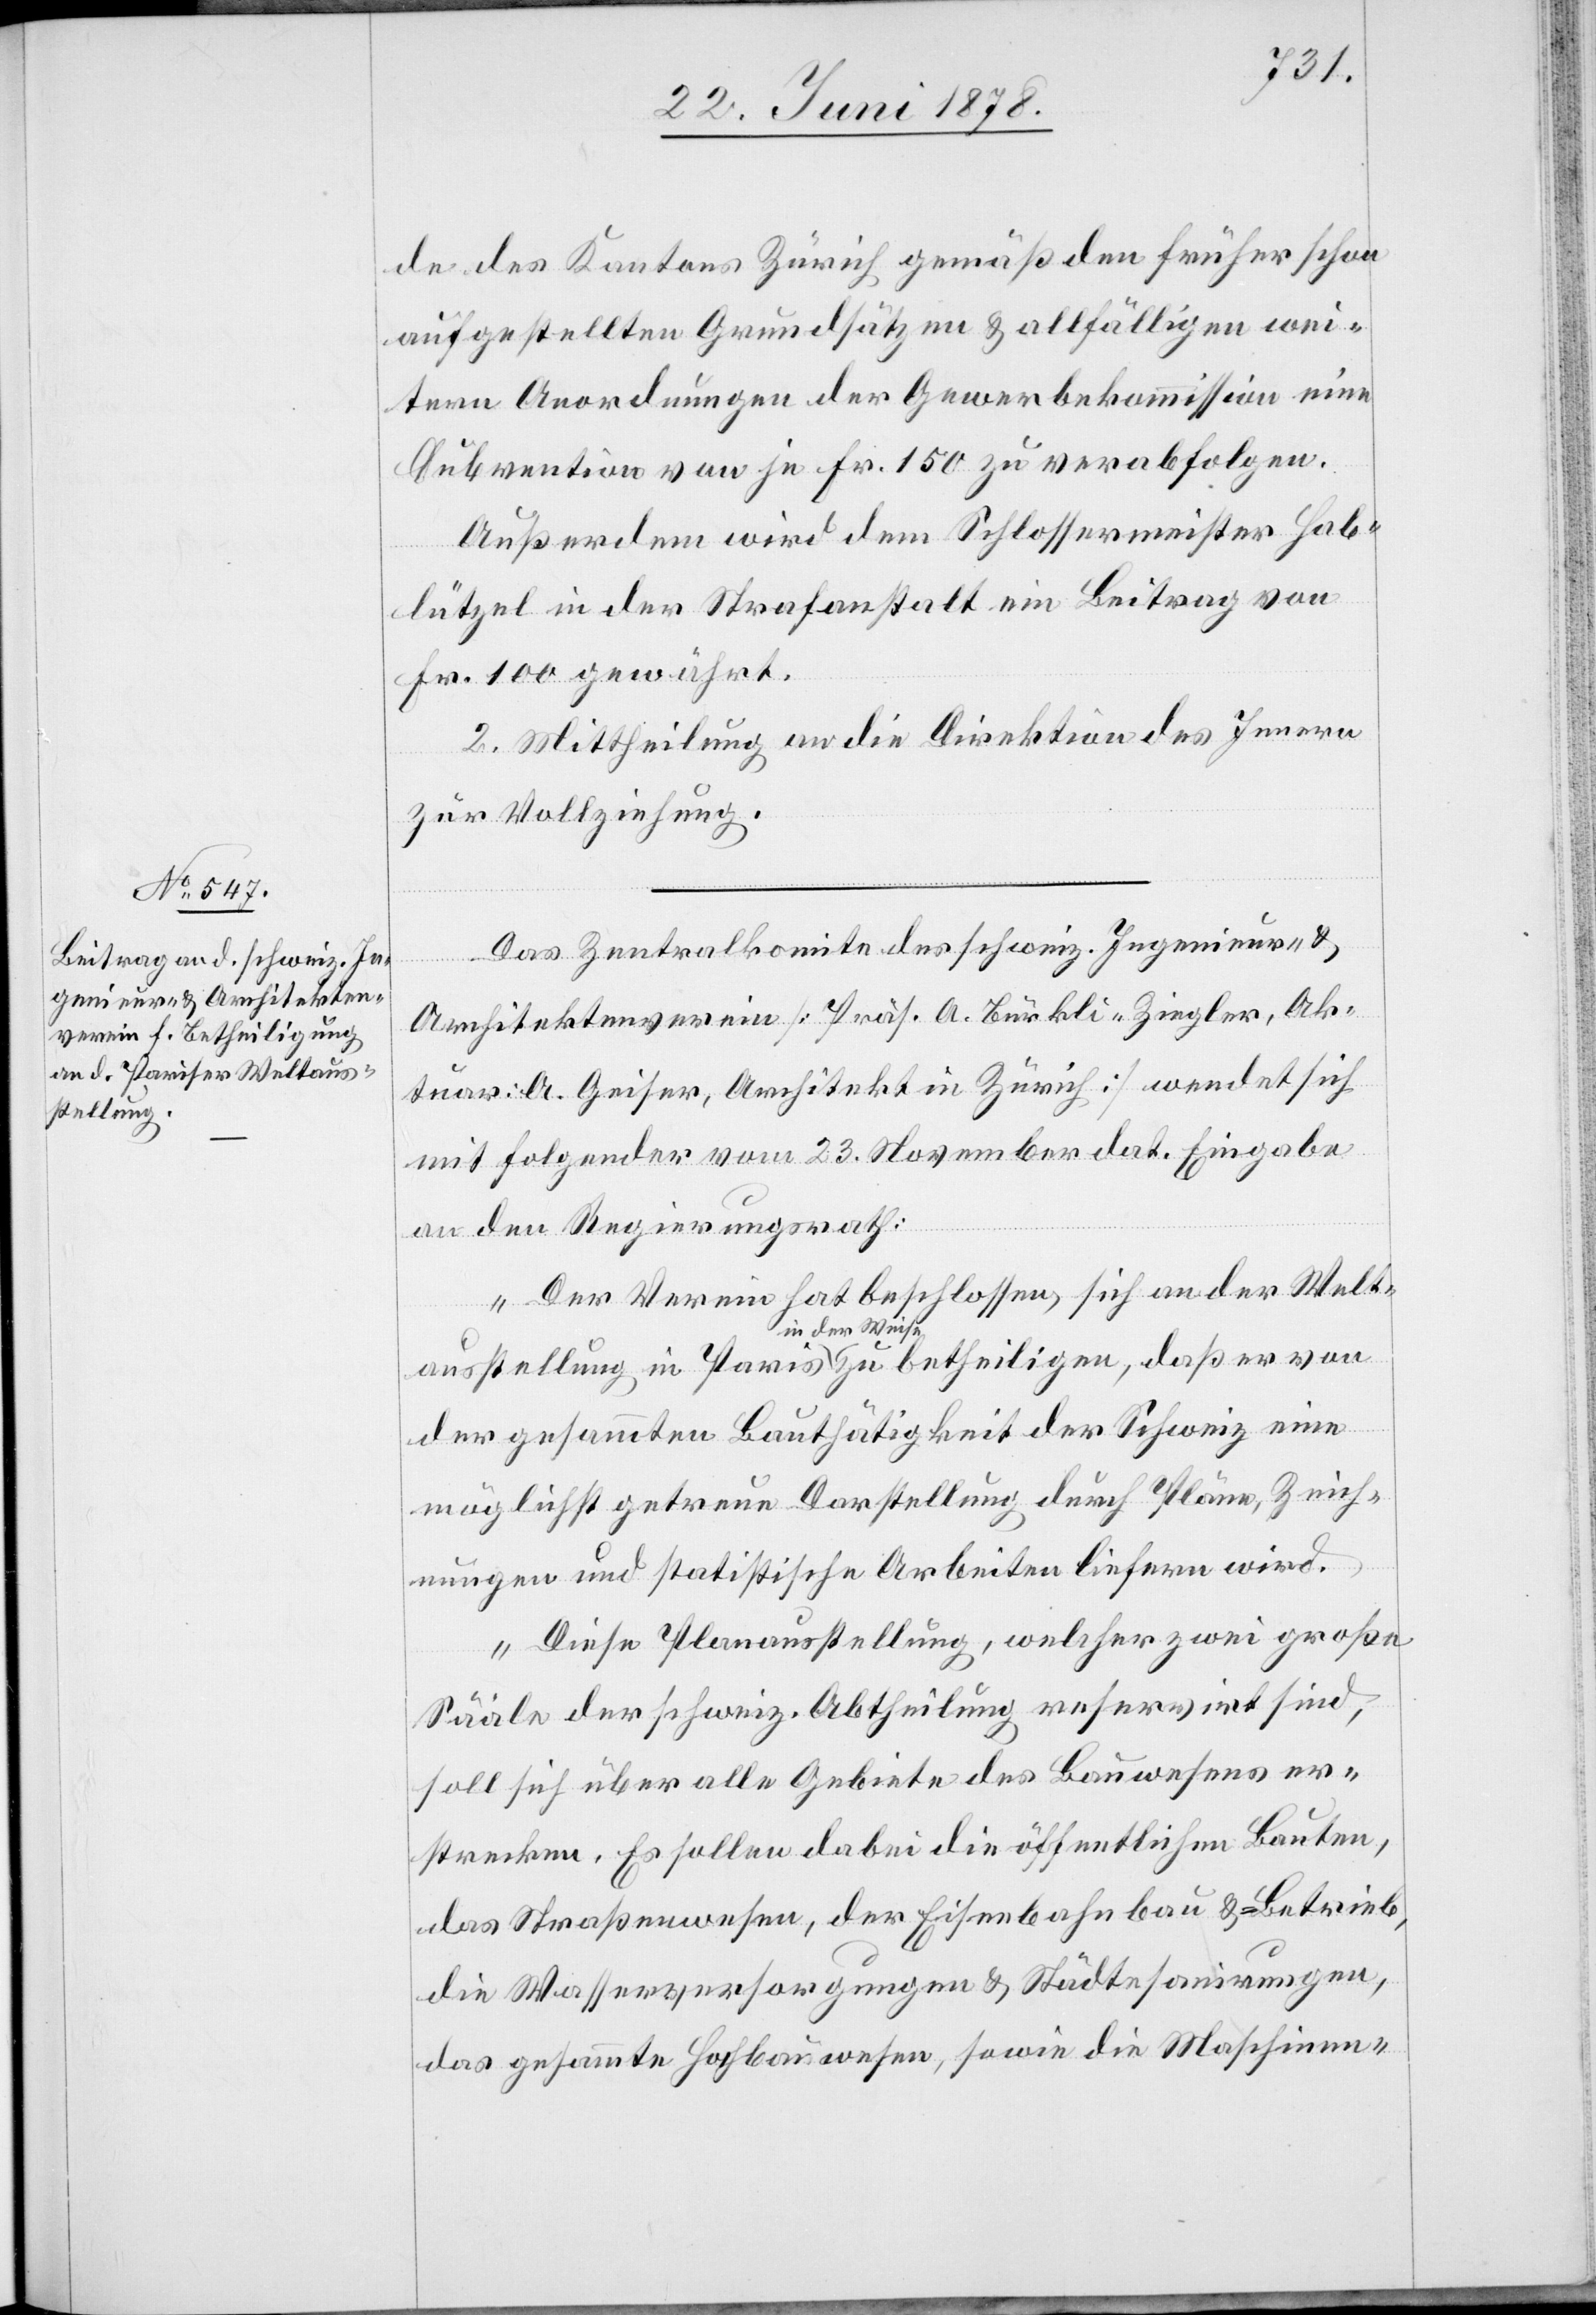
stellung

de des Kantons Zürich gemäß den früher schon
aufgestellten Grundsätzen & allfälligen wei¬
tern Anordnungen der Gewerbekommission eine
Subvention von je Fr. 150 zu verabfolgen.
Außerdem wird dem Schlossermeister Hab¬
von
lützel in der Strafanstalt ein Beitrag von
Fr. 100 gewährt.
2. Mittheilung an die Direktion des Innern
zur Vollziehung.
Das Zentralkomite des schweiz. Ingenieur- &
Architektenverein [Präs. A. Bürkli-Ziegler, Ak¬
tuar: A. Geiser, Architekt in Zürich] wendet sich
mit folgender vom 23. November dat. Eingabe
an den Regierungsrath:
„Der Verein hat beschlossen, sich an der Welt¬
in der Weise
der gesammten Bauthätigkeit der Schweiz eine
möglichst getreue Darstellung durch Pläne, Zeich¬
nungen und statistische Arbeiten liefern wird.
Diese Planausstellung, welcher zwei große
Sääle der schweiz. Abtheilung reservirt sind,
soll sich über alle Gebiete des Bauwesens er¬
strecken. Es sollen dabei die öffentlichen Bauten,
das Straßenwesen, der Eisenbahnbau & -Betrieb,
die Wasserversorgungen & Städtesanirungen,
das gesammte Hochbauwesen, sowie die Maschinen-